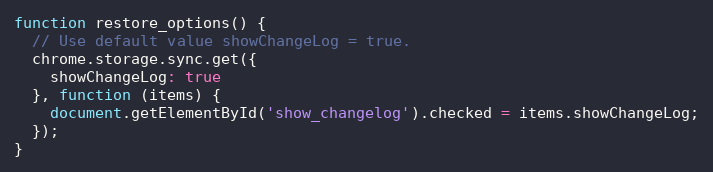
Language: JavaScript
function restore_options() {
  // Use default value showChangeLog = true.
  chrome.storage.sync.get({
    showChangeLog: true
  }, function (items) {
    document.getElementById('show_changelog').checked = items.showChangeLog;
  });
}